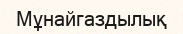
Мұнайгаздылық